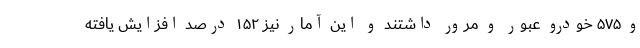
و ۵۷۵ خودرو عبور و مرور داشتند و این آمار نیز ۱۵۲ درصد افزایش یافته